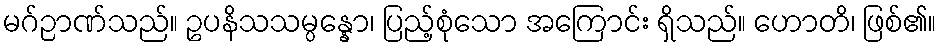
မဂ်ဉာဏ်သည်။ ဥပနိသသမ္ပန္နော၊ ပြည့်စုံသော အကြောင်း ရှိသည်။ ဟောတိ၊ ဖြစ်၏။